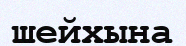
шейхына